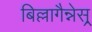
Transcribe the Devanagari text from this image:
बिल्लागैन्नेस्र्